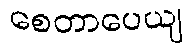
စေတာပေယျ